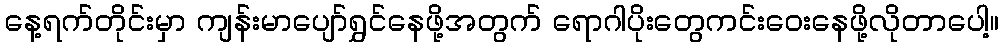
နေ့ရက်တိုင်းမှာ ကျန်းမာပျော်ရွှင်နေဖို့အတွက် ရောဂါပိုးတွေကင်းဝေးနေဖို့လိုတာပေါ့။